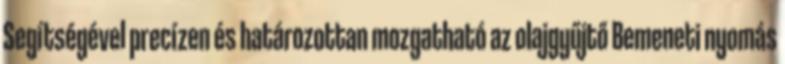
Segítségével precízen és határozottan mozgatható az olajgyűjtő Bemeneti nyomás